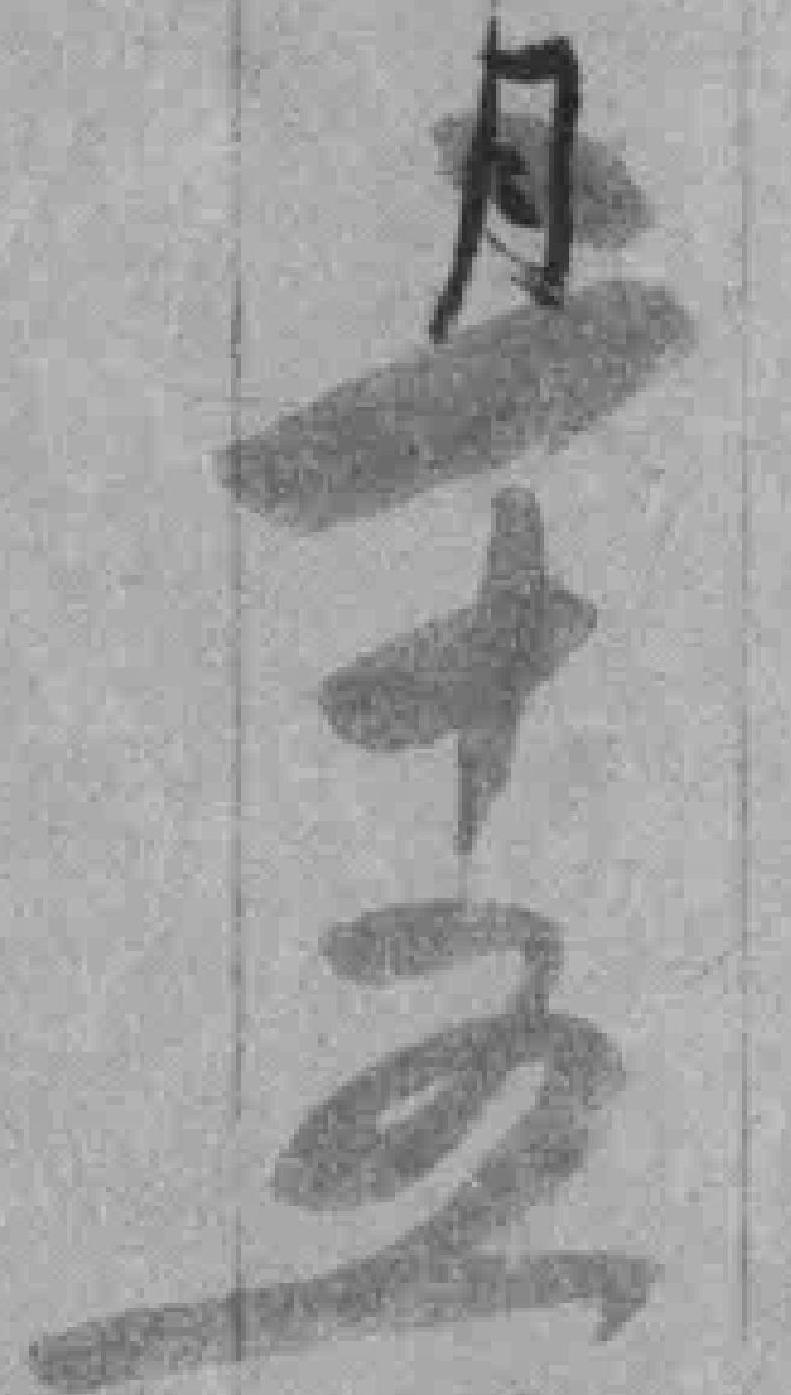
二十五